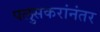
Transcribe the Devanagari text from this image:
पलुसकरांनंतर